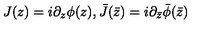
J ( z ) = i \partial _ { z } \phi ( z ) , \bar { J } ( \bar { z } ) = i \partial _ { \bar { z } } \bar { \phi } ( \bar { z } )